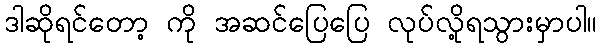
ဒါဆိုရင်တော့ ကို အဆင်ပြေပြေ လုပ်လို့ရသွားမှာပါ။